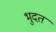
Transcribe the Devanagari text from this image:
भुदत